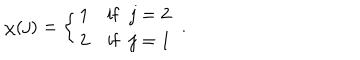
\chi ( j ) = \left\{ \begin{array} { c l } { { 1 } } & { { \mathrm { i f } \ \ j = 2 } } \\ { { 2 } } & { { \mathrm { i f } \ \ j = 1 } } \\ \end{array} \right. \ .